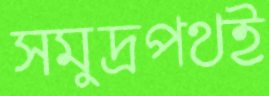
সমুদ্রপথই